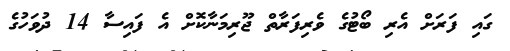
ގައި ފަރަށް އެރި ބޯޓުގެ ވެރިފަރާތް ޖޫރިމަނާކޮށް އެ ފައިސާ 14 ދުވަހުގެ